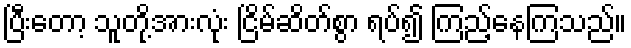
ပြီးတော့ သူတို့အားလုံး ငြိမ်ဆိတ်စွာ ရပ်၍ ကြည့်နေကြသည်။